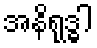
အနိရုဒ္ဓါ